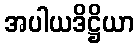
အပါယဒိဋ္ဌိယာ